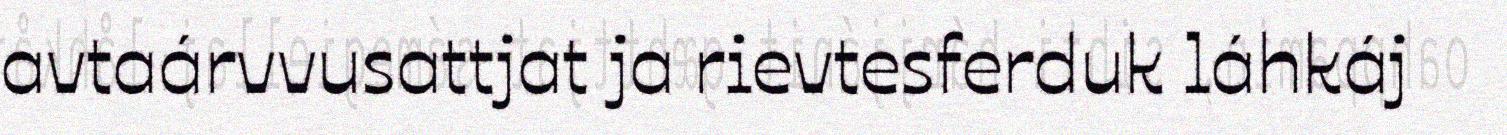
avtaárvvusattjat ja rievtesferduk láhkáj